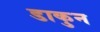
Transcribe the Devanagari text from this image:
डाकुन